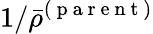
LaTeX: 1/\bar{\rho}^{(\mathrm{~p~a~r~e~n~t~})}